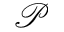
\mathcal { P }